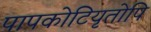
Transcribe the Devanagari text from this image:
पापकोटियृतोपि